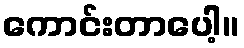
ကောင်းတာပေါ့။